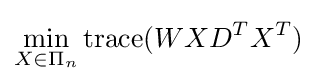
\min _{X\in \Pi _{n}}\operatorname {trace} (WXD^{T}X^{T})